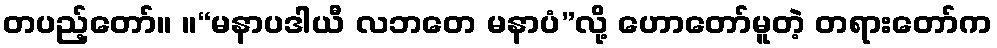
တပည့်တော်။ ။“မနာပဒါယီ လဘတေ မနာပံ”လို့ ဟောတော်မူတဲ့ တရားတော်က